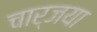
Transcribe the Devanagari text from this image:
चार्जया